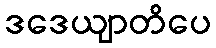
ဒဒေယျာတိပေ